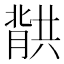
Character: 𮌱